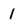
Character: 1